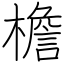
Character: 檐